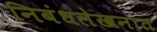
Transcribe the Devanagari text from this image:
निबंधलेखनात